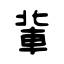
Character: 軰